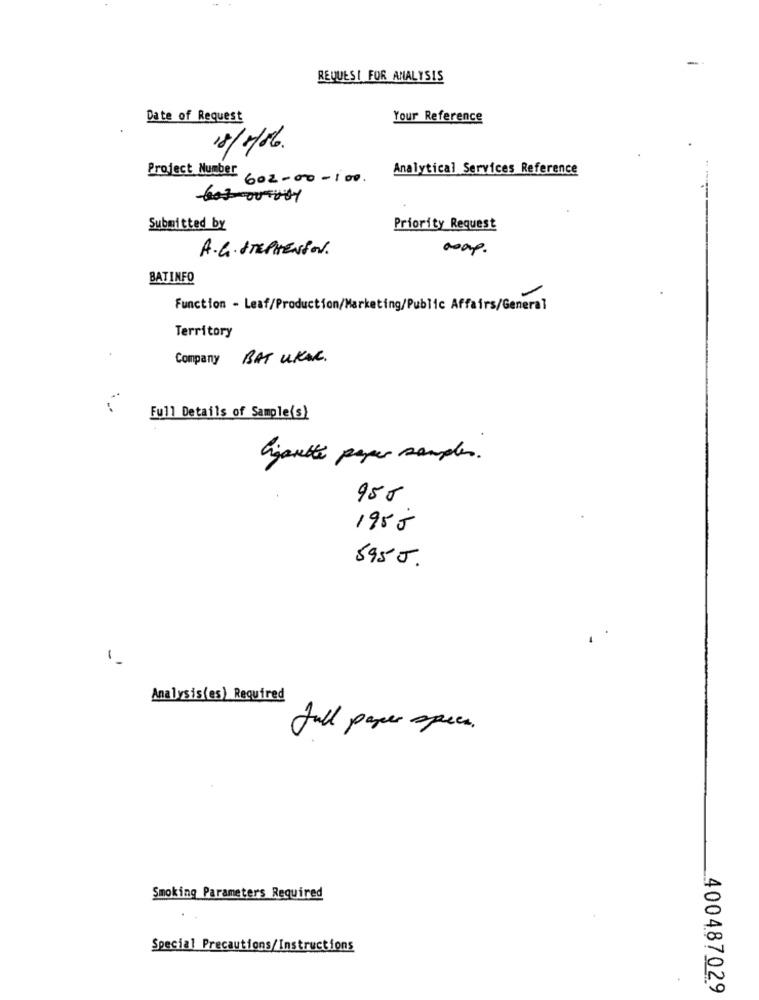
REQUEST FOR ANALYSIS
Date of Request
Your Reference
18/5/86.
Analytical Services Reference
Project Number 602-00-100.
-603 00-404
Submitted by
Priority Request
A.G. STEPHENSON.
asap.
BATINFO
Function - Leaf/Production/Marketing/Public Affairs/General
Territory
Company BAT UKAC.
Full Details of Sample(s)
Cigarette paper samples.
950
1955
5955.
1
Analysis(es) Required
full paper specs.
Smoking Parameters Required
Special Precautions/Instructions
400487029